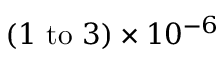
( 1 ~ \mathrm { t o } ~ 3 ) \times 1 0 ^ { - 6 }